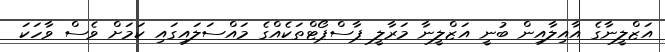
އަޒްލީނާގެ އާއިލާއިން ބުނީ އަޒްލީނާ މަރާލީ ޕާސްޕޯޓްތަކެއްގެ މައްސަލައިގައި ކަމަށް ވެސް ވާހަކަ